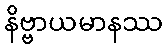
နိဗ္ဗာယမာနဿ